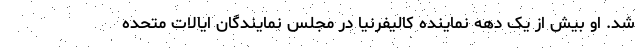
شد. او بیش از یک دهه نماینده کالیفرنیا در مجلس نمایندگان ایالات متحده